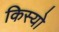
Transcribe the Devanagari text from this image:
किस्यो